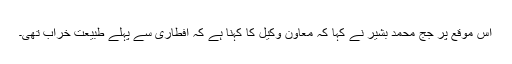
اس موقع پر جج محمد بشیر نے کہا کہ معاون وکیل کا کہنا ہے کہ افطاری سے پہلے طبیعت خراب تھی۔